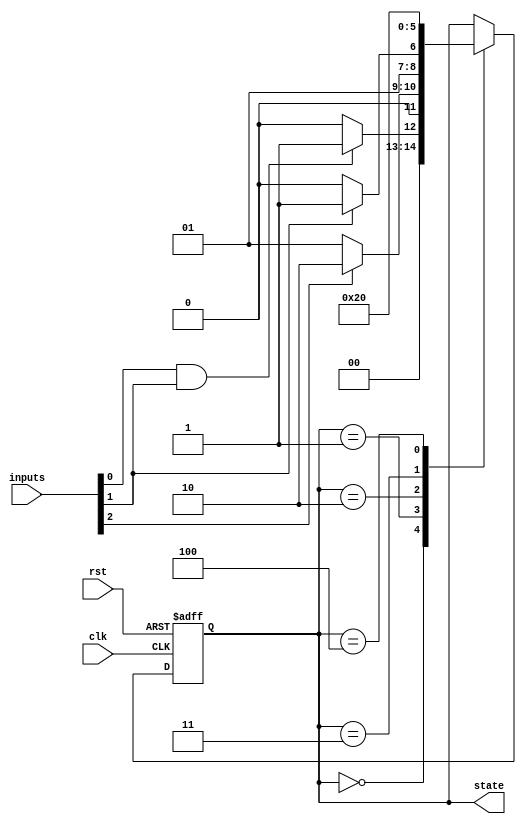
module state_machine (
    input wire clk,
    input wire rst,
    input wire [2:0] inputs,
    output reg [2:0] state
);

// State encoding
parameter STATE1 = 3'b000;
parameter STATE2 = 3'b001;
parameter STATE3 = 3'b010;
parameter STATE4 = 3'b011;
parameter STATE5 = 3'b100;

// Initial state
reg [2:0] current_state;

// Next state logic
always @ (posedge clk or posedge rst) begin
    if (rst) begin
        current_state <= STATE1;
    end else begin
        case (current_state)
            STATE1: begin
                if (inputs[0] && inputs[1]) begin
                    current_state <= STATE2;
                end else begin
                    current_state <= STATE1;
                end
            end
            STATE2: begin
                if (inputs[2]) begin
                    current_state <= STATE3;
                end else begin
                    current_state <= STATE2;
                end
            end
            STATE3: begin
                if (inputs[1]) begin
                    current_state <= STATE4;
                end else begin
                    current_state <= STATE3;
                end
            end
            STATE4: begin
                current_state <= STATE5;
            end
            STATE5: begin
                current_state <= STATE1;
            end
        endcase
    end
end

// Output state
assign state = current_state;

endmodule